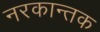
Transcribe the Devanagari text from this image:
नरकान्तक